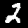
Label: 2